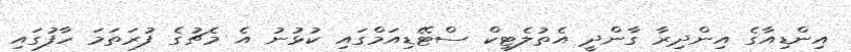
އިންޑިއާގެ އިންދިރާ ގާންދީ އެތުލެޓިކް ސްޓޭޑިއަމްގައި ކުޅުނު އެ މެޗުގެ ފުރަތަމަ ހާފުގައި